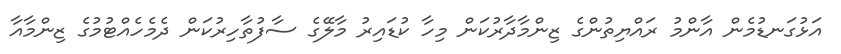
އަޅުގަނޑުމެން އާންމު ރައްޔިތުންގެ ޒިންމާދާރުކަން މިހާ ކުޑައިރު މާލޭގެ ސާފުތާހިރުކަން ދެމެހެއްޓުމުގެ ޒިންމާއާ